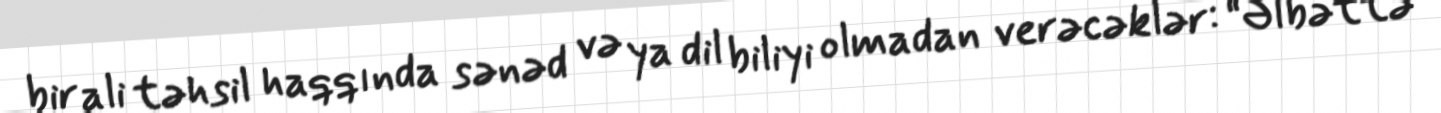
bir ali təhsil haqqında sənəd və ya dil biliyi olmadan verəcəklər: “Əlbəttə